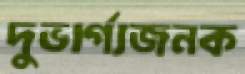
দুভার্গ্যজনক